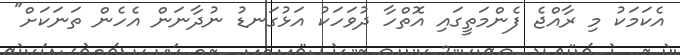
އެކަމަކު މި ރާއްޖެ ފެންމަތީގައި އޮތްހާ ދުވަހަކު އަޅުގަނޑު ނުދާނަން އެހެން ތަނަކަށް"